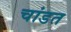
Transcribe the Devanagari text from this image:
चांडत